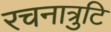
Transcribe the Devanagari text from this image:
रचनात्रुटि